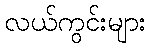
လယ်ကွင်းများ